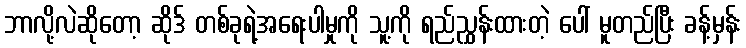
ဘာလို့လဲဆိုတော့ ဆိုဒ် တစ်ခုရဲ့အရေးပါမှုကို သူ့ကို ရည်ညွှန်းထားတဲ့ ပေါ် မူတည်ပြီး ခန့်မှန်း